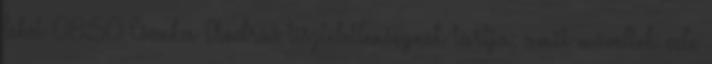
lehet 08:50 Csonka András tiszteletlenségnek tartja, amit műveltek vele